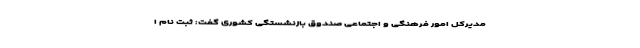
مدیرکل امور فرهنگی و اجتماعی صندوق بازنشستگی کشوری گفت: ثبت نام ا